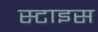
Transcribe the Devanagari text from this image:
स्टाइस